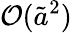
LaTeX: \mathcal{O}(\tilde{a}^{2})